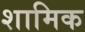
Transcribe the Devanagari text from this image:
शामिक